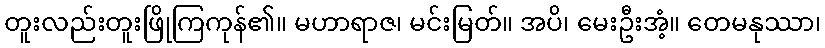
တူးလည်းတူးဖြိုကြကုန်၏။ မဟာရာဇ၊ မင်းမြတ်။ အပိ၊ မေးဦးအံ့။ တေမနုဿာ၊